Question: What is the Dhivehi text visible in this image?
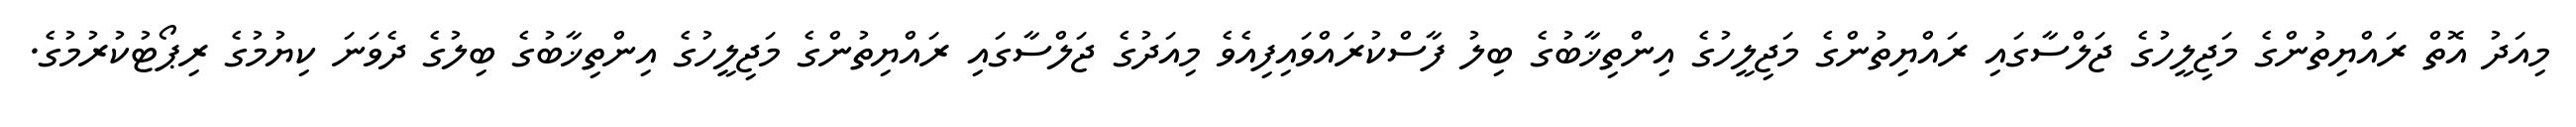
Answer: މިއަދު އޮތް ރައްޔިތުންގެ މަޖިލީހުގެ ޖަލްސާގައި ރައްޔިތުންގެ މަޖިލީހުގެ އިންތިޚާބުގެ ބިލު ފާސްކުރައްވައިފިއެވެ މިއަދުގެ ޖަލްސާގައި ރައްޔިތުންގެ މަޖިލީހުގެ އިންތިޚާބުގެ ބިލުގެ ދެވަނަ ކިޔުމުގެ ރިޕޯޓުކުރުމުގެ.